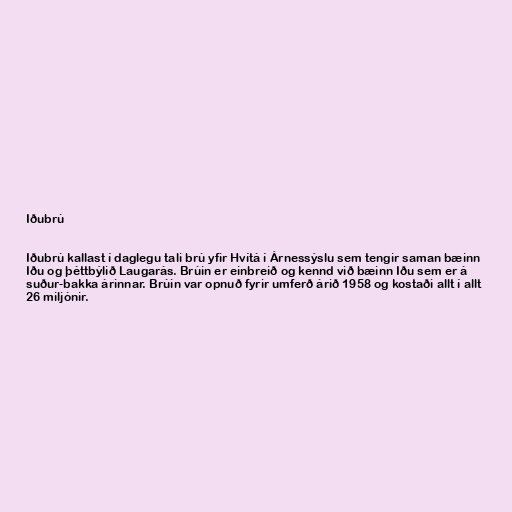
Iðubrú

Iðubrú kallast í daglegu tali brú yfir Hvítá í Árnessýslu sem tengir saman bæinn
Iðu og þéttbýlið Laugarás. Brúin er einbreið og kennd við bæinn Iðu sem er á
suður-bakka árinnar. Brúin var opnuð fyrir umferð árið 1958 og kostaði allt í allt
26 miljónir.